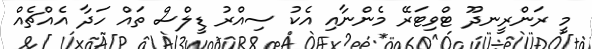
މީ ރަންރީނދޫ ޓްވިޓަރޭ މެންނާއި އެކު ސިއްރު ޑީލްސް ތައް ހަދާ އެއްޗެއް